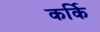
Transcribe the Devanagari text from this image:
कर्कि